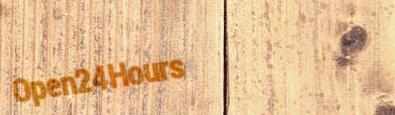
Open24Hours